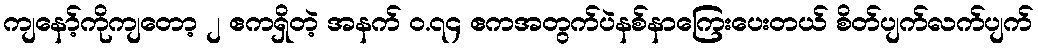
ကျနော့်ကိုကျတော့ ၂ ဧကရှိတဲ့ အနက် ဝ.၇၄ ဧကအတွက်ပဲနစ်နာကြေးပေးတယ် စိတ်ပျက်လက်ပျက်